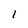
Character: 1